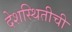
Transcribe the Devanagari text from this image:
देशस्थितीची